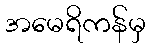
အမေရိကန်မှ